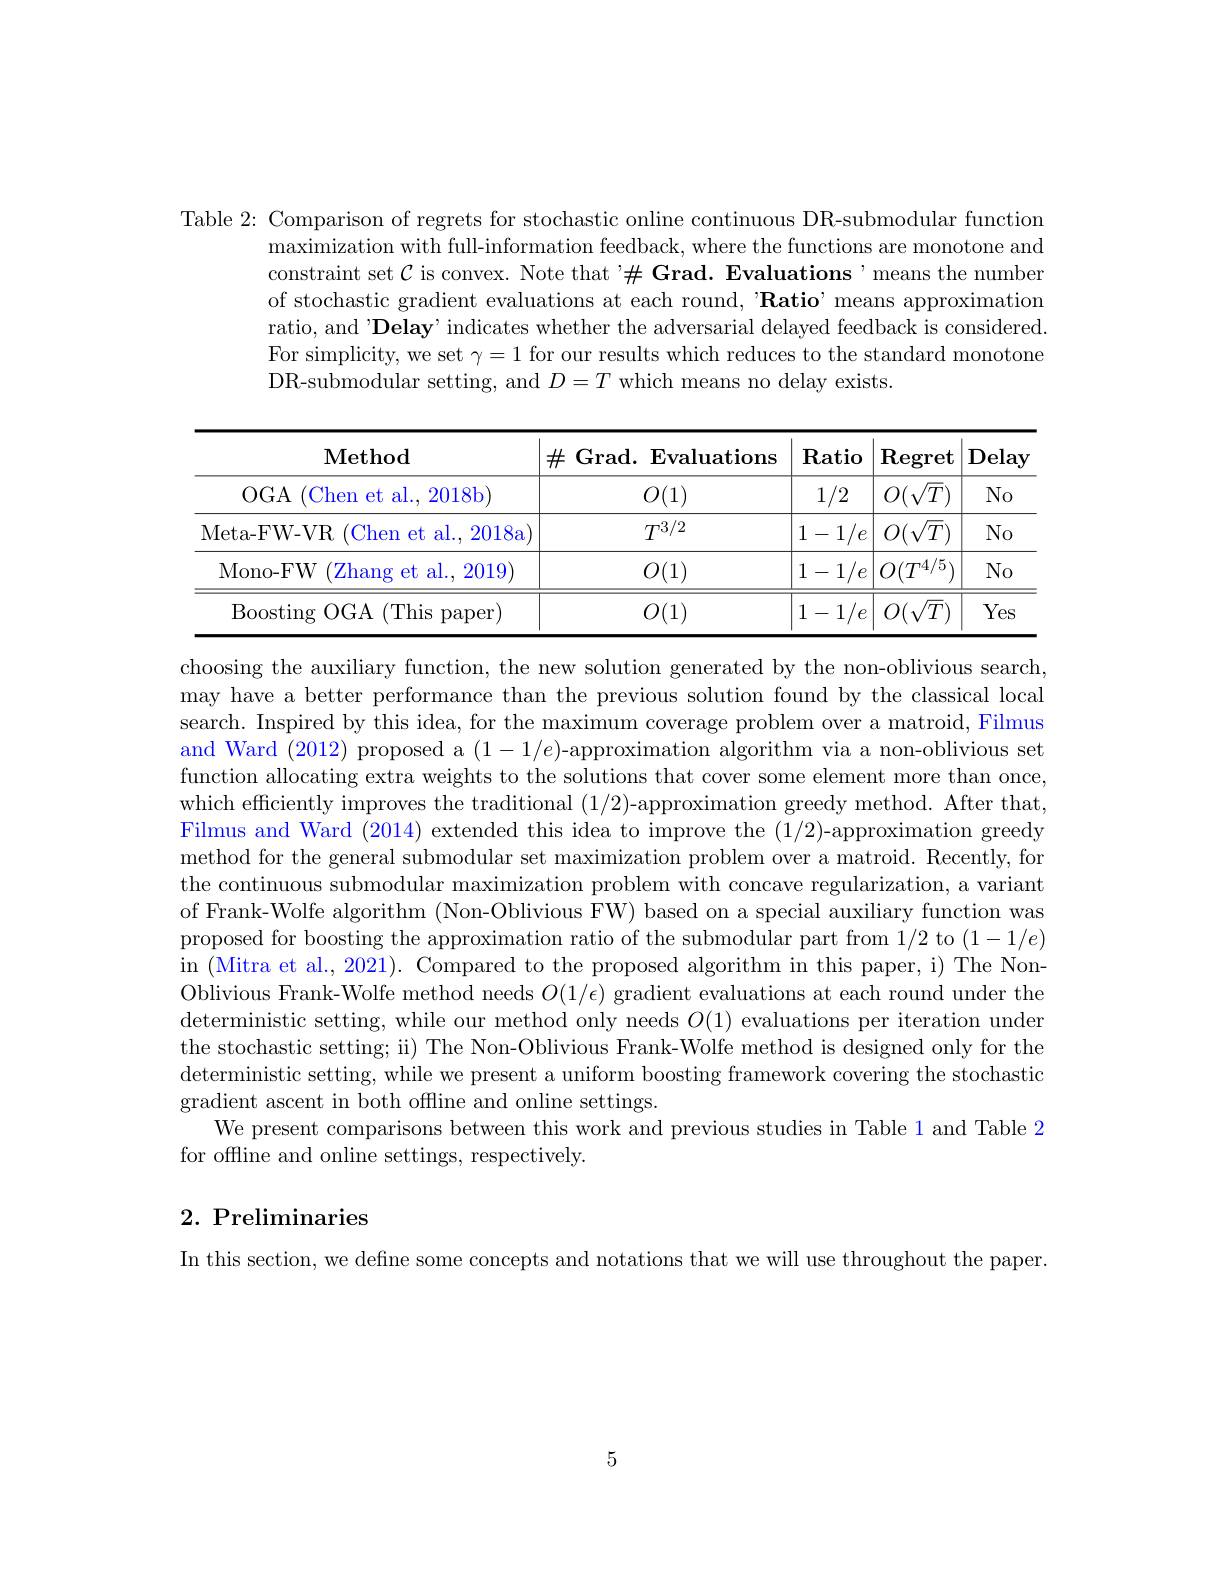
Table 2: Comparison of regrets for stochastic online continuous DR-submodular function
maximization with full-information feedback, where the functions are monotone and constraint set $\mathcal{C}$ is convex. Note that'$\#$ Grad. Evaluations'means the numben of stochastic gradient evaluations at each round, 'Ratio' means approximation ratio, and'Delay' indicates whether the adversarial delayed feedback is considered. For simplicity, we set $\gamma=1$ for our results which reduces to the standard monotone DR- submodular setting, and $D= T$ which means no delay exists.

<table>
	<tbody>
		<tr>
			<th>Method</th>
			<th>$\#$Grad. Evaluations</th>
			<th>$\mathbf{R}$atio</th>
			<th>$\mathbf{Regret}$</th>
			<th>Delay</th>
		</tr>
		<tr>
			<td>$OGA$ Chen et al., 2018b</td>
			<td>$O(1)$</td>
			<td>1/2</td>
			<td>$O({\sqrt{T}})$</td>
			<td>$No$</td>
		</tr>
		<tr>
			<td>Meta- FW- VR Chen et al., 2018a</td>
			<td>$T^{3/2}$</td>
			<td>$1/e$ 1 一</td>
			<td>$O(\sqrt{T})$</td>
			<td>$No$</td>
		</tr>
		<tr>
			<td>Mono- FW Zhang et al. , 2019</td>
			<td>$O(1)$</td>
			<td>$1/e$ 1 -</td>
			<td>$O(T^{4/5})$</td>
			<td>$No$</td>
		</tr>
		<tr>
			<td>Boosting ${\mathrm{g} }$ ${\mathrm{OGA}}$ (This s paper)</td>
			<td>$O(1)$</td>
			<td>1 一 1 $/\rho$</td>
			<td>$O(\sqrt{T}$</td>
			<td>Yes</td>
		</tr>
	</tbody>
</table>

choosing the auxiliary function, the new solution generated by the non-oblivious search, may have a better performance than the previous solution found by the classical local search. Inspired by this idea, for the maximum coverage problem over a matroid, Filmus and Ward (2012) proposed a $(1-1/e)$-approximation algorithm via a non-oblivious set function allocating extra weights to the solutions that cover some element more than once, which efficiently improves the traditional (1/2)-approximation greedy method. After that, Filmus and Ward (2014) extended this idea to improve the (1/2)-approximation greedy method for the general submodular set maximization problem over a matroid. Recently, for the continuous submodular maximization problem with concave regularization, a variant of Frank-Wolfe algorithm (Non-Oblivious FW) based on a special auxiliary function was proposed for boosting the approximation ratio of the submodular part from 1/2 to $(1-1/e)$ in (Mitra et al., 2021). Compared to the proposed algorithm in this paper, i) The NonOblivious Frank-Wolfe method needs $O(1/\epsilon)$ gradient evaluations at each round under the deterministic setting, while our method only needs $O(1)$ evaluations per iteration under the stochastic setting; ii) The Non-Oblivious Frank-Wolfe method is designed only for the deterministic setting, while we present a uniform boosting framework covering the stochastic gradient ascent in both offline and online settings.
We present comparisons between this work and previous studies in Table 1 and Table 2
for offline and online settings, respectively

## $2. \textbf{ Preliminaries}$

In this section, we define some concepts and notations that we will use throughout the paper.